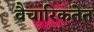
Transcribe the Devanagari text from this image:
वैचारिकतेत